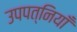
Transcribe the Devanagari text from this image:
उपपत्नियाँ